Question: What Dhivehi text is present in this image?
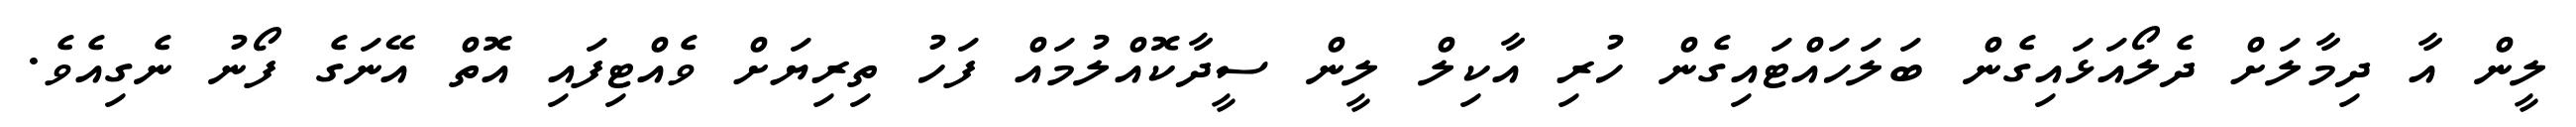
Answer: ލީން އާ ދިމާލަށް ދެލޯއަޅައިގެން ބަލަހައްޓައިގެން ހުރި އާކިލް ލީން ސީދާކޮއްލުމައް ފަހު ތިރިޔަށް ވެއްޓިފައި އޮތް އޭނަގެ ފޯނު ނެގިއެވެ.